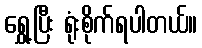
ရွှေ့ပြီး ရုံးစိုက်ရပါတယ်။